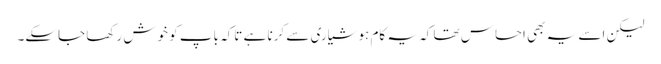
لیکن اسے یہ بھی احساس تھا کہ یہ کام ہوشیاری سے کرنا ہے تاکہ باپ کو خوش رکھا جاسکے۔